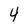
Character: 4